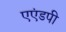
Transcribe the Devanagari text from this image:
एएंडपी